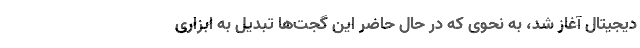
دیجیتال آغاز شد، به نحوی که در حال حاضر این گجت‌ها تبدیل به ابزاری